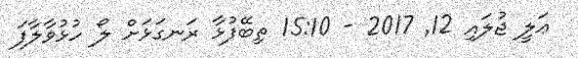
ޢަލީ ޖުލައި 12